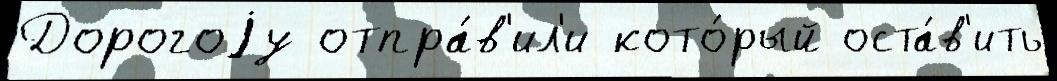
Дорогоjу отпра́в'ил'и кото́рый оста́в'ить